DOW-UAP-D23, Mission Report, United Arab Emirates, October 2023
Agency: Department of War
Incident date: 10/31/23
Incident location: Persian Gulf
Page 1
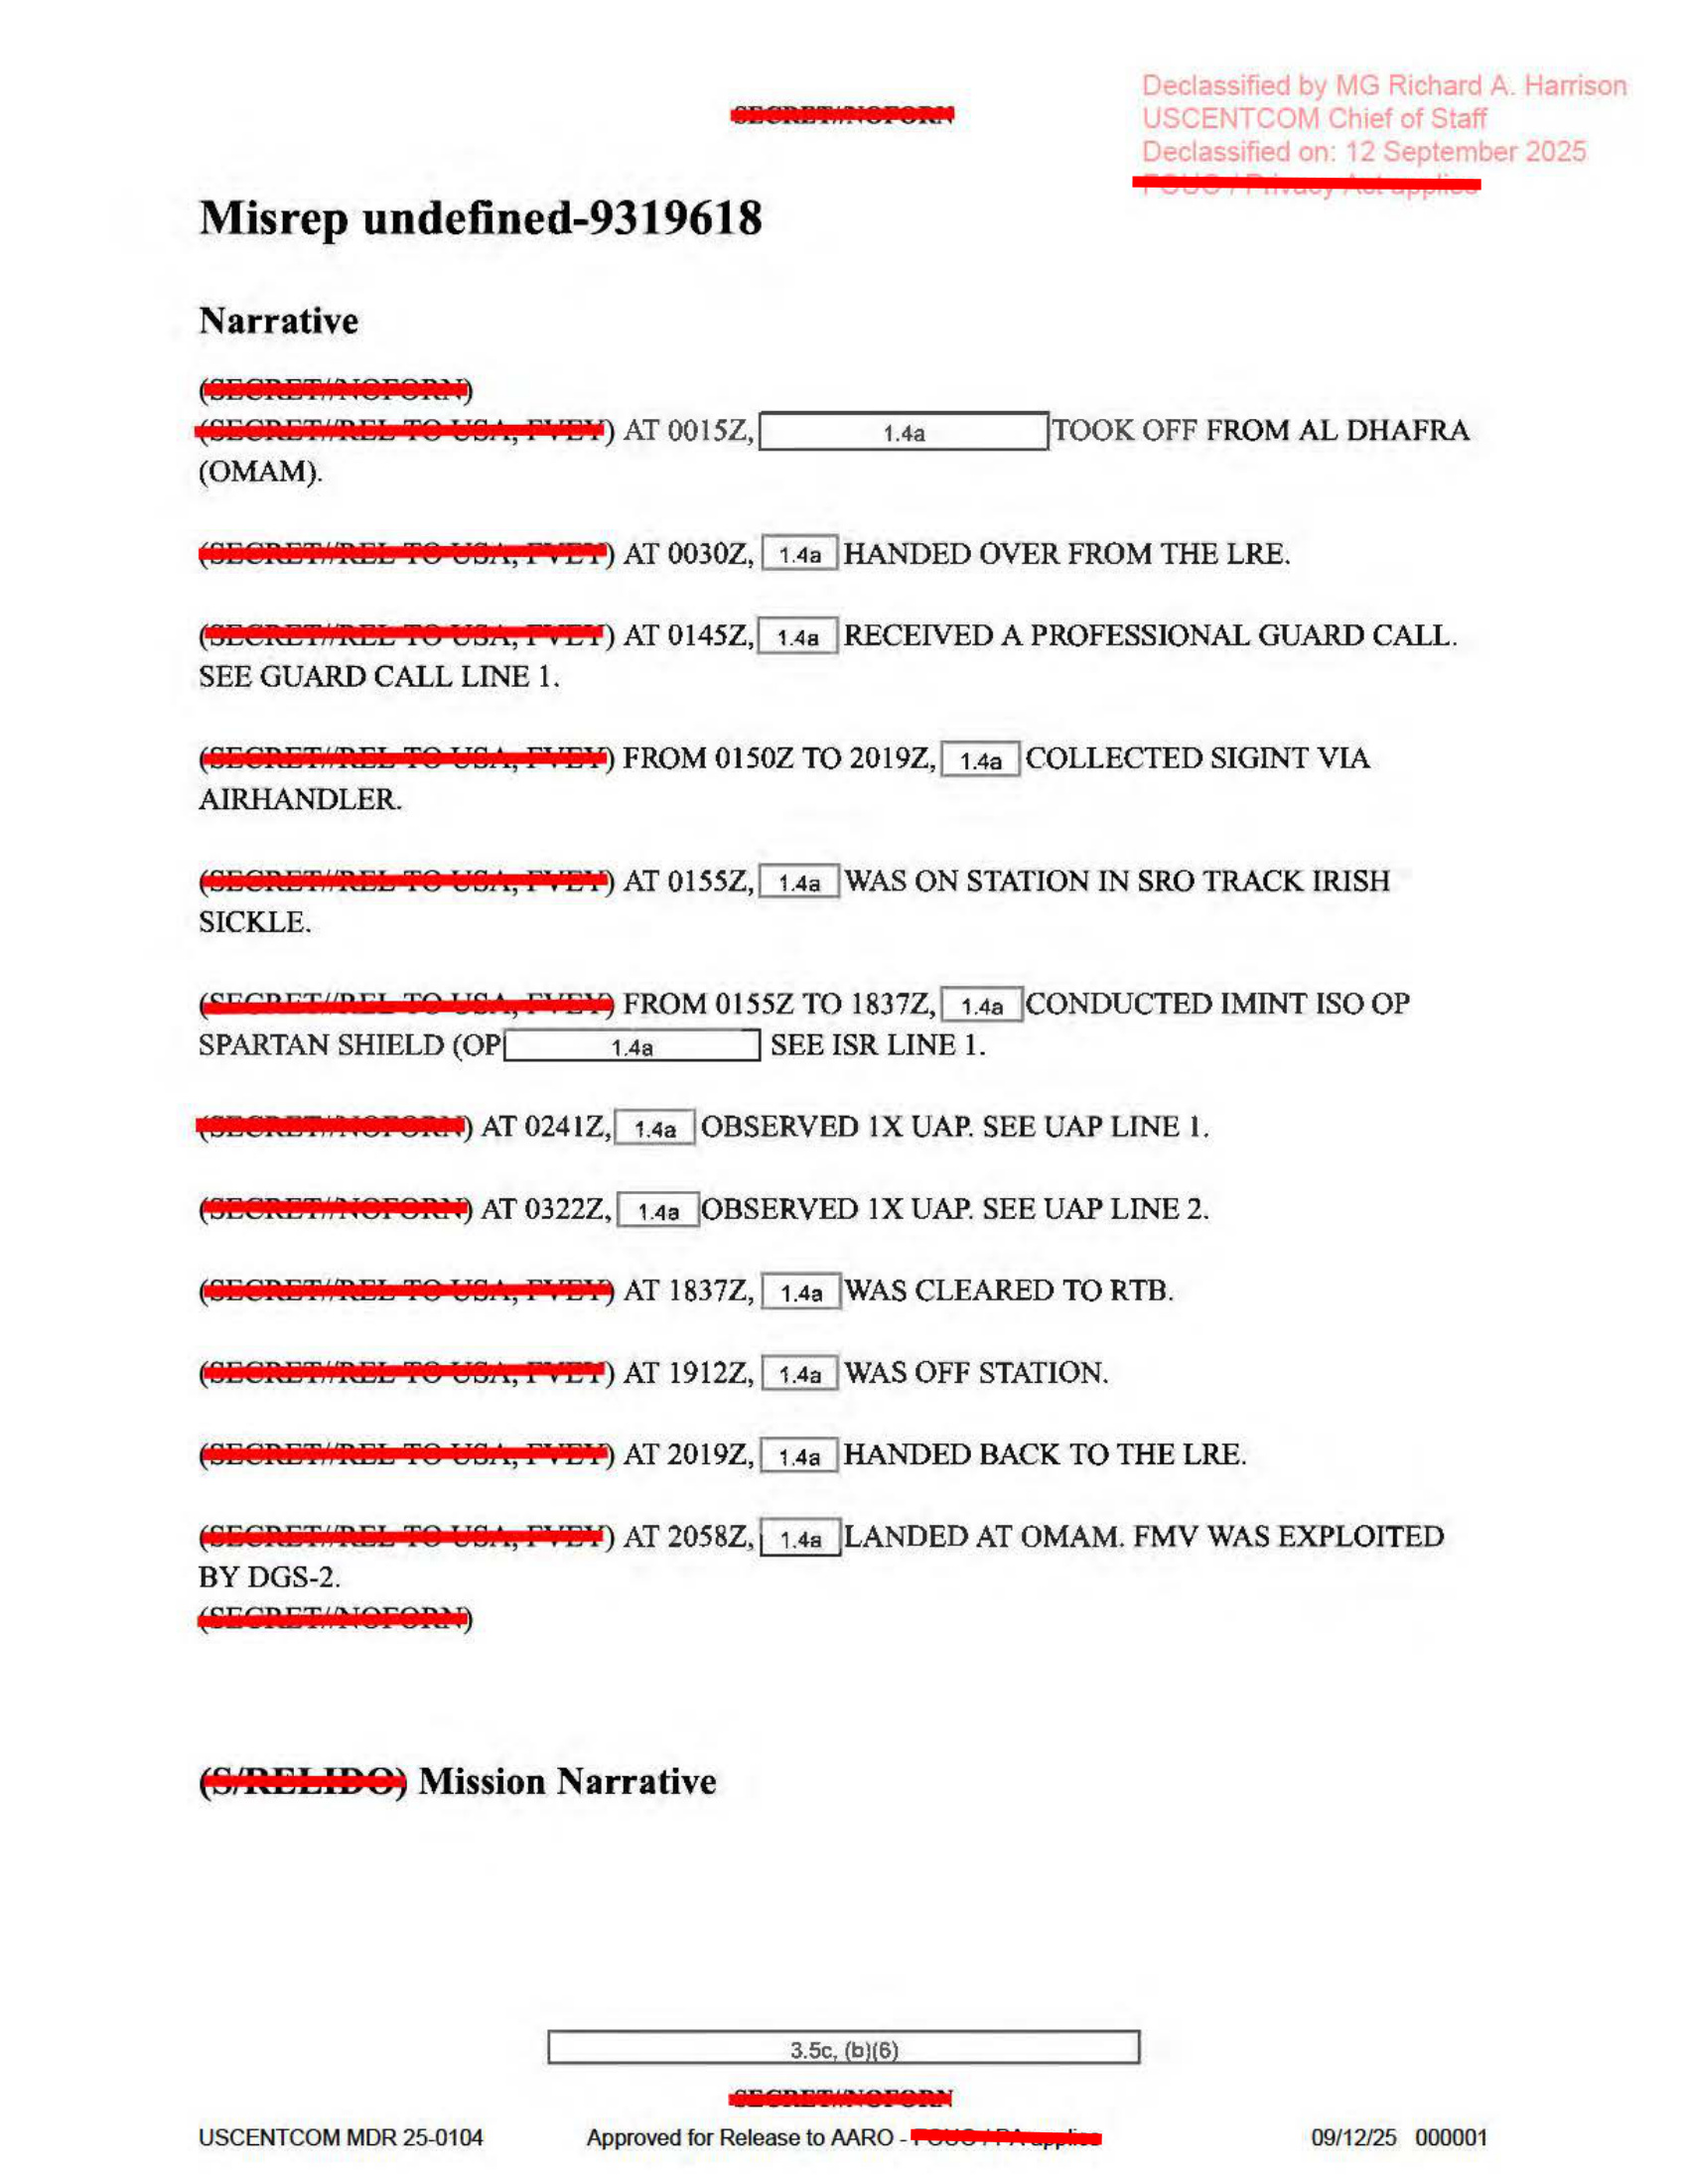